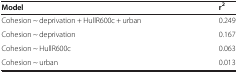
| Model | r2 |
 | --- | --- |
 | Cohesion ~ deprivation + HullR600c + urban | 0.249 |
 | Cohesion ~ deprivation | 0.167 |
 | Cohesion ~ HullR600c | 0.063 |
 | Cohesion ~ urban | 0.013 |